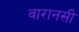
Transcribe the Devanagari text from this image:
वारानसी